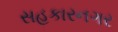
સહકારનગર